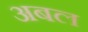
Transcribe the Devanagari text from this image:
अबल